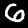
Label: 6